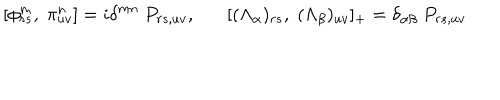
[ \phi _ { r s } ^ { m } , \; \pi _ { u v } ^ { n } ] = i \delta ^ { m n } \; P _ { r s , u v } , [ ( \Lambda _ { \alpha } ) _ { r s } , \; ( \Lambda _ { \beta } ) _ { u v } ] _ { + } = \delta _ { \alpha \beta } \; P _ { r s , u v }